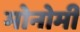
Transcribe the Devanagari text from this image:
मोनोमी